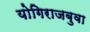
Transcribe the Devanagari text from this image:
योगिराजबुवा